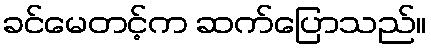
ခင်မေတင့်က ဆက်ပြောသည်။